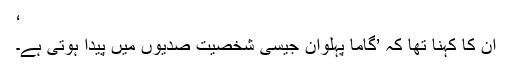
‘
ان کا کہنا تھا کہ ’گاما پہلوان جیسی شخصیت صدیوں میں پیدا ہوتی ہے۔